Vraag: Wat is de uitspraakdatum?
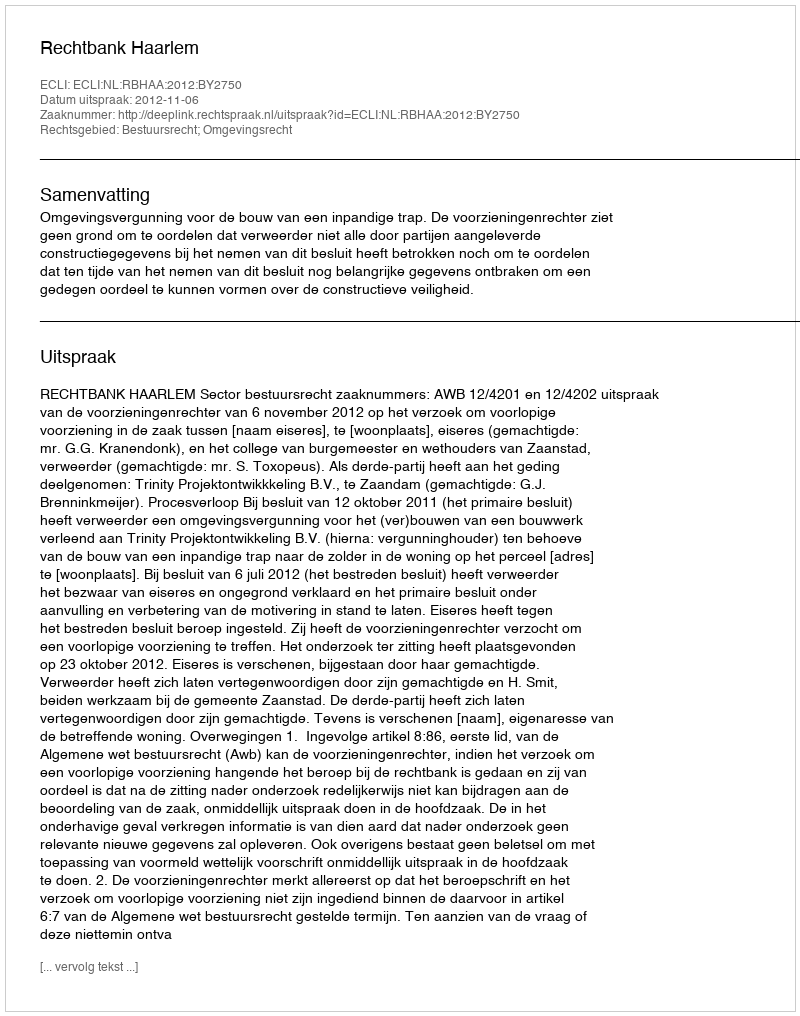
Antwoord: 2012-11-06